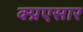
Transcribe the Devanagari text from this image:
क्प्रएसार